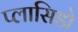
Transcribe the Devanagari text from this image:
प्लासिडो